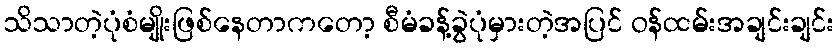
သိသာတဲ့ပုံစံမျိုးဖြစ်နေတာကတော့ စီမံခန့်ခွဲပုံမှားတဲ့အပြင် ဝန်ထမ်းအချင်းချင်း